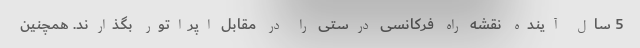
5 سال آینده نقشه راه فرکانسی درستی را در مقابل اپراتور بگذارند. همچنین